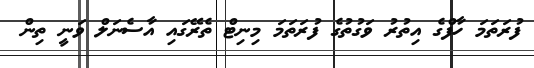
ފުރަތަމަ ހާފްގެ އިތުރު ވަގުތުގެ ފުރަތަމަ މިނިޓް ތެރޭގައި އާސެނަލް ވަނީ ތިން